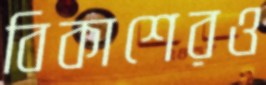
বিকাশেরও